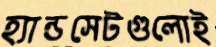
হ্যান্ডসেটগুলোই